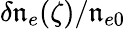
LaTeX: \delta\mathfrak{n}_{e}(\zeta)/\mathfrak{n}_{e0}